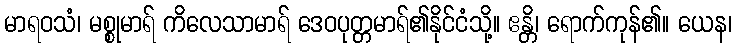
မာရဝသံ၊ မစ္စုမာရ် ကိလေသာမာရ် ဒေဝပုတ္တမာရ်၏နိုင်ငံသို့။ ဧန္တိ၊ ရောက်ကုန်၏။ ယေန၊